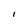
Character: I